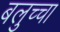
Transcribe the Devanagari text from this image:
बलुच्चा